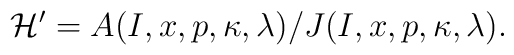
{\cal H'}=A(I,x,p,\kappa,\lambda)/J(I,x,p,\kappa,\lambda).